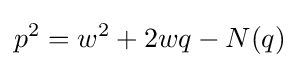
p^{2}=w^{2}+2wq-N(q)